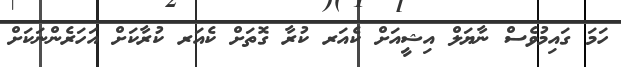
ހަމަ ގައިމުވެސް ނާޔަލް އިޝީއަށް ކެއަރ ކުރާ ގޮތަށް ކެއަރ ކުރާކަށް އަހަރެންނަކަށް